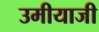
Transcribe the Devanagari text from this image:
उमीयाजी